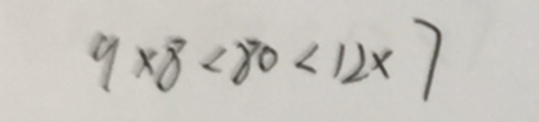
9 \times 8 < 8 0 < 1 2 \times 7